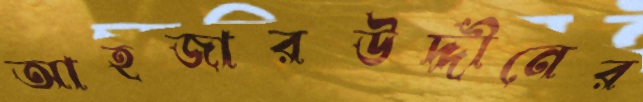
আহজারউদ্দীনের